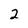
Character: 2